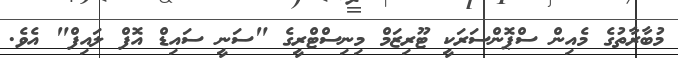
މުބާރާތުގެ މެއިން ސްޕޮންސަރަކީ ޓޫރިޒަމް މިނިސްޓްރީގެ "ސަނީ ސައިޑް އޮފް ލައިފް" އެވެ.